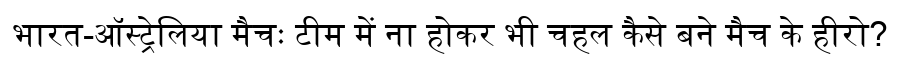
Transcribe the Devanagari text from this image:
भारत-ऑस्ट्रेलिया मैचः टीम में ना होकर भी चहल कैसे बने मैच के हीरो?